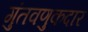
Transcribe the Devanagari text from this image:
गुंतवणुकदार